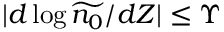
| d \log \widetilde { n _ { 0 } } / d Z | \le \Upsilon